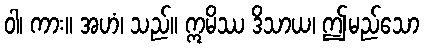
ဝါ၊ ကား။ အဟံ၊ သည်။ ဣမိဿ ဒိသာယ၊ ဤမည်သော